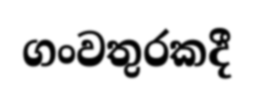
ගංවතුරකදී